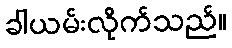
ခါယမ်းလိုက်သည်။